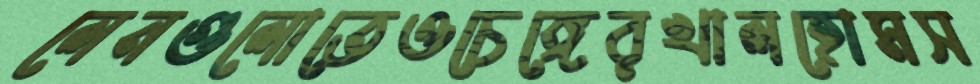
লেনগুলোতেওচেঙ্গেরখালহোমস